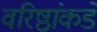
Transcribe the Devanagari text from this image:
वरिष्ठांकडे